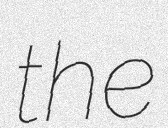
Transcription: the